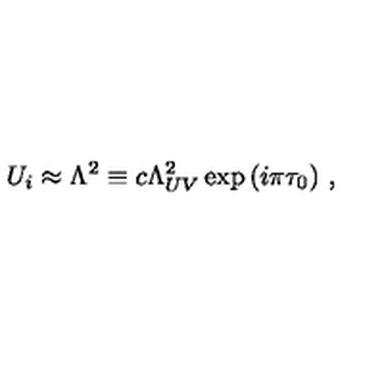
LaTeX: U _ { i } \approx \Lambda ^ { 2 } \equiv c \Lambda _ { U V } ^ { 2 } \exp { ( i \pi \tau _ { 0 } ) } \ ,